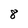
Character: 8